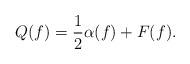
LaTeX: \begin{align*}Q(f)={1\over2}\alpha(f)+F(f).\end{align*}